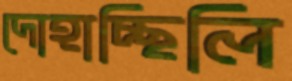
দোহাচ্ছিলি